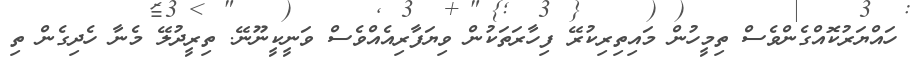
ހައްޔަރުކޮއްގެންވެސް ތިމީހުން މައިތިރިކުރޭ ފިހާރަތަކުން ވިޔަފާރިއެއްވެސް ވަނީކީނޫނޭ. ތިރީދުލޭ މެނާ ހެދިގެން ތި